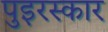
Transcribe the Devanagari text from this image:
पुइरस्कार